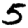
Digit: 5